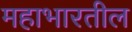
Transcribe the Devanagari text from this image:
महाभारतील